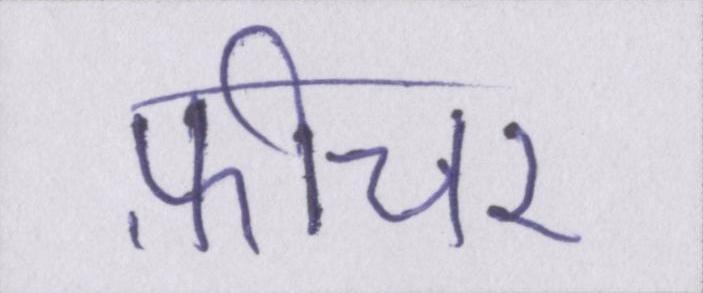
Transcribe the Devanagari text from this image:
फ़ीचर